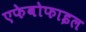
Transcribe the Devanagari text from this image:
एफेबोफाइल